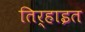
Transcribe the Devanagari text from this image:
तिर्‍हाइत